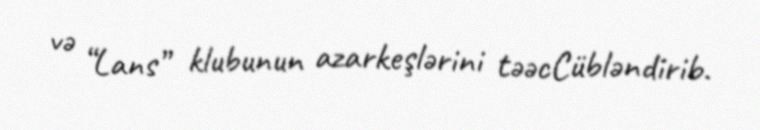
və “Lans” klubunun azarkeşlərini təəcCübləndirib.